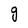
Character: g